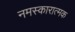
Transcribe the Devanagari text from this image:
नमस्कारात्मक